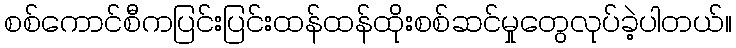
စစ်ကောင်စီကပြင်းပြင်းထန်ထန်ထိုးစစ်ဆင်မှုတွေလုပ်ခဲ့ပါတယ်။